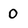
Character: 0